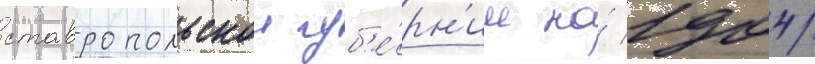
ставропольскои губ'е́рн'ии на́ 1904